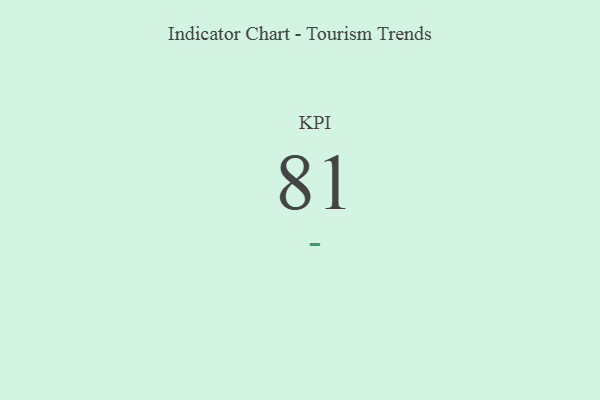
{"axis": {"x": "KPI", "y": "Value"}, "legend": [""], "data": [{"x": "KPI", "y": 81, "type": ""}]}